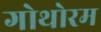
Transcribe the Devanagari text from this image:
गोथोरम